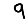
Digit: 9